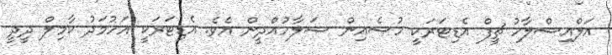
އަލްއިސްލާހު ޗީފް އެޑިޓަރަކީ ހުސެއިން ޞަލާހުއްދީން އެވެ. އެޑިޓަރަކީ އަހުމަދު ކާމިލް ދީދީ